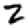
Digit: 2